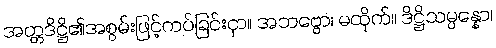
အတ္တဒိဋ္ဌိ၏အစွမ်းဖြင့်ကပ်ခြင်းငှာ။ အဘဗ္ဗော၊ မထိုက်။ ဒိဋ္ဌိသမ္ပန္နော၊